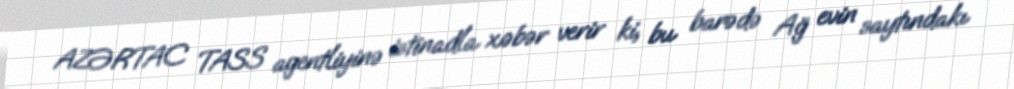
AZƏRTAC TASS agentliyinə istinadla xəbər verir ki, bu barədə Ağ evin saytındakı